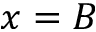
x = B